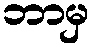
ဘာမှ